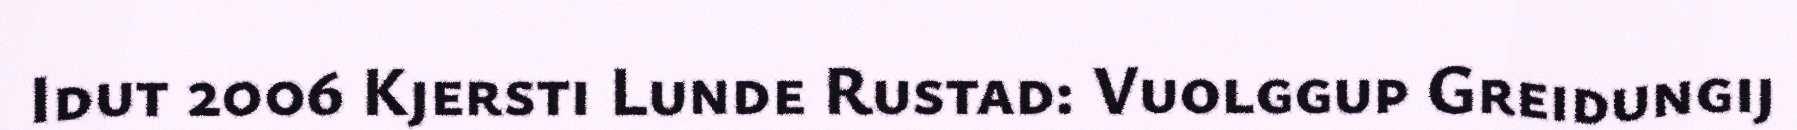
Idut 2006 Kjersti Lunde Rustad: Vuolggup Greidungij